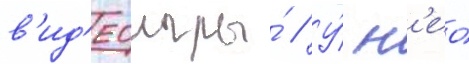
в'ид'еоигры́ // У́ н'ео́